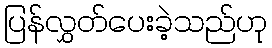
ပြန်လွှတ်ပေးခဲ့သည်ဟု